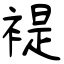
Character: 褆